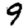
Digit: 9